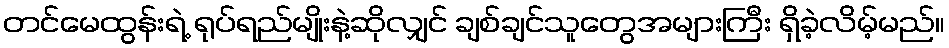
တင်မေထွန်းရဲ့ ရုပ်ရည်မျိုးနဲ့ဆိုလျှင် ချစ်ချင်သူတွေအများကြီး ရှိခဲ့လိမ့်မည်။